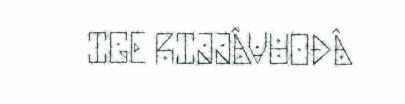
IGE RIJJÂVUOĐÂ